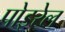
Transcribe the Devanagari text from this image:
पोइरेल